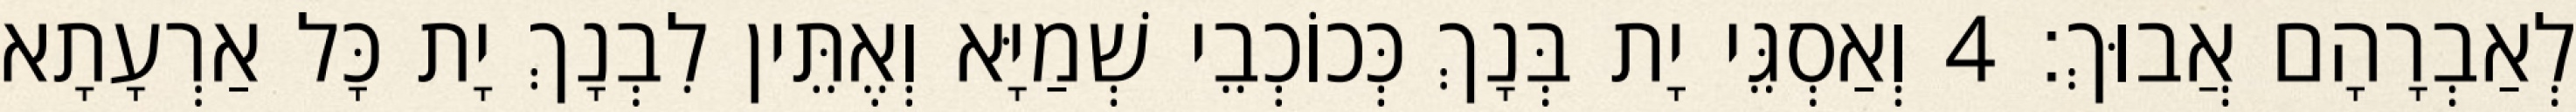
לְאַבְרָהָם אֲבוּךְ׃ 4 וְאַסְגֵּי יָת בְּנָךְ כְּכוֹכְבֵי שְׁמַיָּא וְאֶתֵּין לִבְנָךְ יָת כָּל אַרְעָתָא